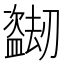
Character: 𬐼